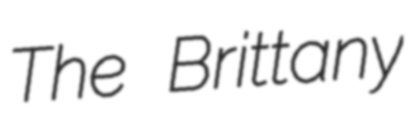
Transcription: The Brittany